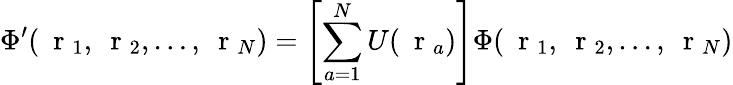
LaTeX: \Phi^{\prime}(\mathrm{~\mathbf~r~}_{1},\mathrm{~\mathbf~r~}_{2},\dots,\mathrm{~\mathbf~r~}_{N})=\left[\sum_{a=1}^{N}U(\mathrm{~\mathbf~r~}_{a})\right]\Phi(\mathrm{~\mathbf~r~}_{1},\mathrm{~\mathbf~r~}_{2},\dots,\mathrm{~\mathbf~r~}_{N})